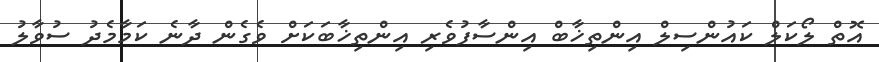
އޮތް ލޯކަލް ކައުންސިލް އިންތިޚާބް އިންސާފުވެރި އިންތިޚާބަކަށް ވެގެން ދާނެ ކަމާމެދު ސުވާލު